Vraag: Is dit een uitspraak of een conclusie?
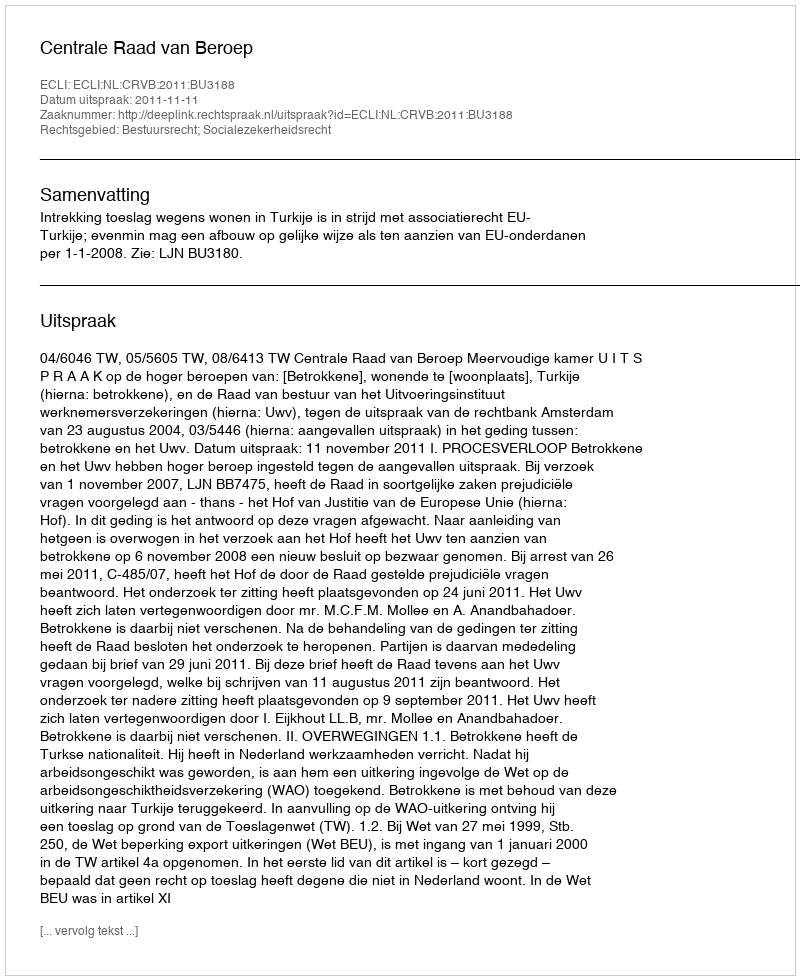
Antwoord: Uitspraak